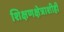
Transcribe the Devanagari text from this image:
शिक्षणक्षेत्राशीही